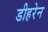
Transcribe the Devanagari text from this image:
डीहरेन